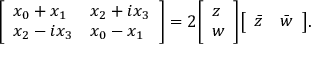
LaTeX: { \left[ \begin{array} { l l } { x _ { 0 } + x _ { 1 } } & { x _ { 2 } + i x _ { 3 } } \\ { x _ { 2 } - i x _ { 3 } } & { x _ { 0 } - x _ { 1 } } \end{array} \right] } = 2 { \left[ \begin{array} { l } { z } \\ { w } \end{array} \right] } { \left[ \begin{array} { l l } { { \bar { z } } } & { { \bar { w } } } \end{array} \right] } .